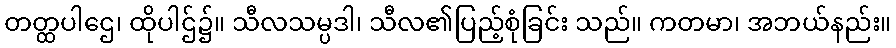
တတ္ထပါဌေ၊ ထိုပါဌ်၌။ သီလသမ္ပဒါ၊ သီလ၏ပြည့်စုံခြင်း သည်။ ကတမာ၊ အဘယ်နည်း။